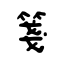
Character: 箋